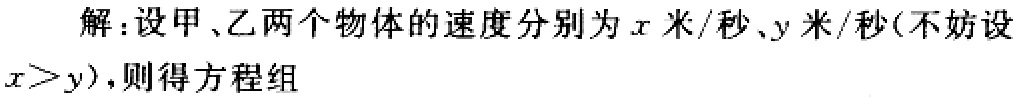
解：设甲、乙两个物体的速度分别为\(x\)米/秒、\(y\)米/秒(不妨设\(x > y\))，则得方程组